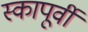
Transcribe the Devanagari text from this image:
स्कापूर्वी